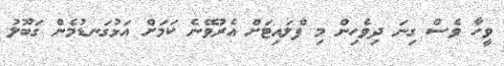
ވީހާ ވެސް ގިނަ ދިވެހިން މި ފްލައިޓަށް އެރުވޭނެ ކަމަށް އަޅުގަނޑުމެން ގަބޫލު